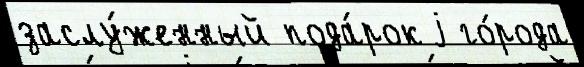
заслу́женный пода́рок j го́рода